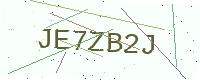
Text: JE7ZB2J